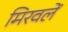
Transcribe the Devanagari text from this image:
मिरवलें